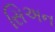
સિઅન